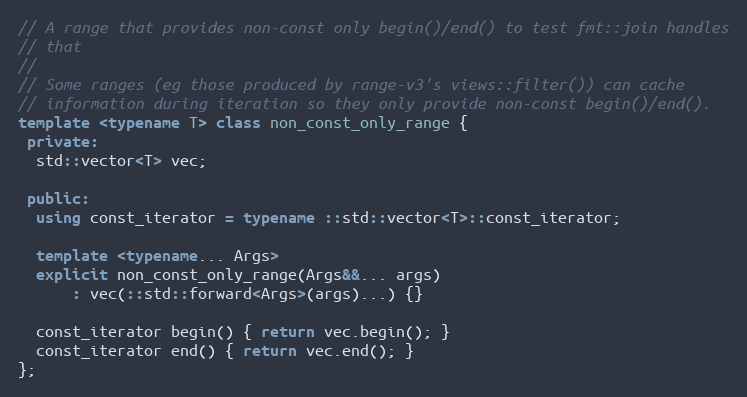
Language: C++
// A range that provides non-const only begin()/end() to test fmt::join handles
// that
//
// Some ranges (eg those produced by range-v3's views::filter()) can cache
// information during iteration so they only provide non-const begin()/end().
template <typename T> class non_const_only_range {
 private:
  std::vector<T> vec;

 public:
  using const_iterator = typename ::std::vector<T>::const_iterator;

  template <typename... Args>
  explicit non_const_only_range(Args&&... args)
      : vec(::std::forward<Args>(args)...) {}

  const_iterator begin() { return vec.begin(); }
  const_iterator end() { return vec.end(); }
};